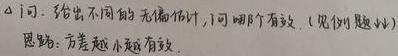
问：给出不同的无偏估计，问哪个有效（见例题处）。
思路：方差越小越有效。